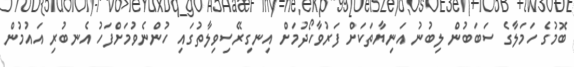
ބޮމުގެ ހަމަލާގެ ސަބަބުން ލިބުނު އަނިޔާތަކަށް ފަރުވާހޯދުމަށް އިނގިރޭސިވިލާތުގައި ހުންނެވުމަށްފަހު އެނބުރި އައުމުން